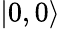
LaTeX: |0,0\rangle